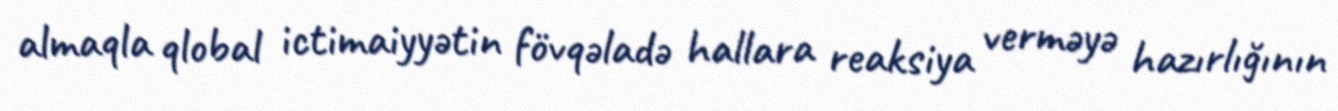
almaqla qlobal ictimaiyyətin fövqəladə hallara reaksiya verməyə hazırlığının